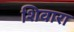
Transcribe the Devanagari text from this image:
शिवारा